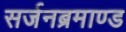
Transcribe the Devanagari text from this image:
सर्जनब्रमाण्ड